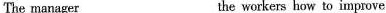
The manager ___ the workers how to improve